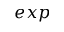
e x p